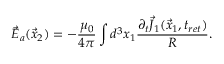
\vec { E } _ { a } ( \vec { x } _ { 2 } ) = - \frac { \mu _ { 0 } } { 4 \pi } \int d ^ { 3 } x _ { 1 } \frac { \partial _ { t } \vec { J } _ { 1 } ( \vec { x } _ { 1 } , t _ { r e t } ) } { R } .